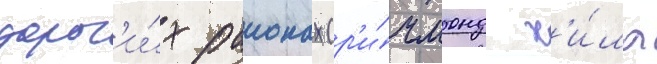
дорог'и́х раионах (р'и́чмонд х'и́лл